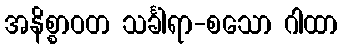
အနိစ္စာဝတ သင်္ခါရာ-စသော ဂါထာ